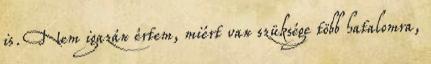
is. Nem igazán értem, miért van szüksége több hatalomra,